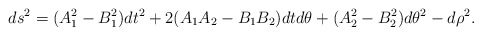
\begin{align*}ds^2=(A_1^2-B_1^2) dt^2+ 2 (A_1 A_2-B_1 B_2)dtd\theta + (A_2^2-B^2_2) d\theta^2-d\rho^2.\end{align*}